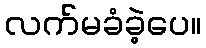
လက်မခံခဲ့ပေ။